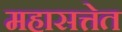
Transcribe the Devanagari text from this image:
महासत्तेत